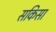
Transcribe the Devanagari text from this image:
सकिसा